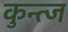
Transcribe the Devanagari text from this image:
कुन्त्ज